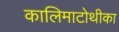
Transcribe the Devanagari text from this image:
कालिमाटोथीका